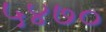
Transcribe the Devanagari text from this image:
५४७०